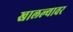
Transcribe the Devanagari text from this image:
खालल्यावर